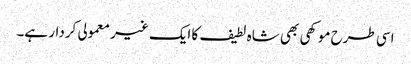
اسی طرح موکھی بھی شاہ لطیف کا ایک غیر معمولی کردار ہے۔